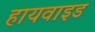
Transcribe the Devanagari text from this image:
हायवाइड